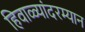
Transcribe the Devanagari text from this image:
हिवाळ्यांदरम्यान